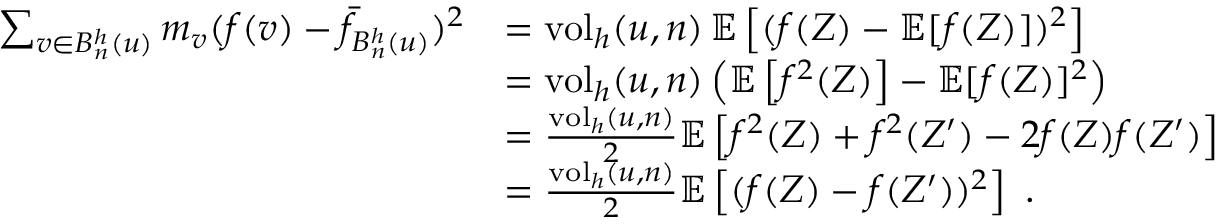
\begin{array} { r l } { \sum _ { v \in B _ { n } ^ { h } ( u ) } m _ { v } ( f ( v ) - \bar { f } _ { B _ { n } ^ { h } ( u ) } ) ^ { 2 } } & { = \operatorname { v o l } _ { h } ( u , n ) \, \mathbb { E } \left[ ( f ( Z ) - \mathbb { E } [ f ( Z ) ] ) ^ { 2 } \right] } \\ & { = \operatorname { v o l } _ { h } ( u , n ) \left( \mathbb { E } \left[ f ^ { 2 } ( Z ) \right] - \mathbb { E } [ f ( Z ) ] ^ { 2 } \right) } \\ & { = \frac { \operatorname { v o l } _ { h } ( u , n ) } { 2 } \mathbb { E } \left[ f ^ { 2 } ( Z ) + f ^ { 2 } ( Z ^ { \prime } ) - 2 f ( Z ) f ( Z ^ { \prime } ) \right] } \\ & { = \frac { \operatorname { v o l } _ { h } ( u , n ) } { 2 } \mathbb { E } \left[ ( f ( Z ) - f ( Z ^ { \prime } ) ) ^ { 2 } \right] \ . } \end{array}